Vital statistics of India. Vol. VI, European troops 1870-79
Year: 1870
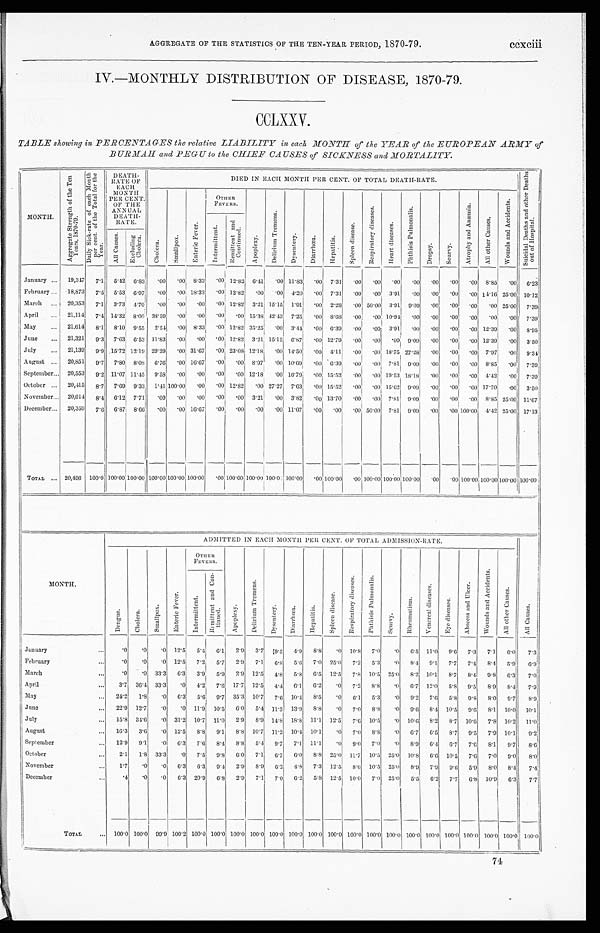
AGGREGATE OF THE STATISTICS OF THE TEN-YEAR PERIOD, 1870-79.
ccxciii
IV.—MONTHLY DISTRIBUTION OF DISEASE, 1870-79.
CCLXXV.
TABLE showing in PERCENTAGES the relative LIABILITY in each MONTH of the YEAR of the EUROPEAN ARMY of
BURMAH and PEGU to the CHIEF CAUSES of SICKNESS and MORTALITY.
MONTH.
A g g r e g a t e S t r e n g t h o f t h e T e n
Y e a r s , 1 8 7 0 - 7 9 .
D a i l y S i c k - r a t e o f e a c h M o n t h
p e r c e n t . o f t h e T o t a l f o r t h eY
e a r .
DEATH
RATE OF
EACH
MONTH
PER CENT.
OF THE
ANNUAL
DEATH-
RATE.
DIED IN EACH MONTH PER CENT. OF TOTAL DEATH-RATE.
S u i c i d a l D e a t h s a n d o t h e r D e a t h s
o u t o f Ho s p i t a l .
C h o l e r a .
S m a l l p o x .
E n t e r i c F e v e r . OTHER
FEVERS.
A p o p l e x y .
D e l i r i u m T r e m e n s .
D y s e n t e r y .
D i a r r h œ a .
H e p a t i t i s .
S p l e e n d i s e a s e .
R e s p i r a t o r y d i s e a s e s .
H e a r t d i s e a s e s . P h t h i s i s P u l m o n a l i s .
D r o p s y .
S c u r v y .
A t r o p h y a n d A n æ m i a .
A l l o t h e r C a u s e s .
W o u n d s a n d A c c i d e n t s .
I n t e r mi t t e n t .
R e m i t t e n t a n d
C o n t i n u e d .
A l l C a u s e s .
E x c l u d i n g
Ch o l e r a .
January
. . .
19,347 7.1 5.42 6.83 .00
. 0 0 8.33
. 0 0 12.82 6.41 .00 11.83 .00 7.31
. 00
. 00
. 0 0
. 0 0
. 0 0
. 0 0 .00 8.85 .00 6.23
February . . . 18,873 7.5 5.53 6.97
. 0 0 .00 18.33 .00 12.82 .00 .00 4.20 .00 7.31
. 00
. 00 3.91 .00 .00 .00 .00 14.16 25.00 10.12
March
. . . 20,353 7.1 3.73 4.70 .00 .00 .00
. 0 0 12.82 3.21 15.15 1.91 .00 2.28
. 00 50.00 3.91 9.09 .00 .00 .00 .00 25.00 7.39
April
. . 21,114 7.4 14.32 8.00 38.59 .00 .00
. 0 0 .00 15.38 42.43 7.25 .00 8.68
. 00
. 00 10.94 .00 .00 .00 .00 .00 .00 7.39
May
. . . 21,614 8.1 8.10 9.55 2.54
. 0 0 8.33 .00 12.82 35.25 .00 3.44 .00 6.39
. 00 . 00 3.91 .00 .00 .00
. 0 0 12.39 .00 8.95
June
. . . 21,321 9.3 7.63 6.53 11.83 .00 .00
. 0 0 12.82
3 . 2 1 15.15 6.87 .00 12.79
. 0 0
. 00 .00 9.09 .00 .00 .00 12.39 .00 3.50
July
. . . 21,139 9.9 15.72 12.19 29.29 .00 31.67 .00 23.08 12.18 .00 14.50 .00 4.11
. 00
. 00 18.75 27.28 .00 .00 .00 7.97 .00 9.34
August
. . . 20,851 9.7 7.80 8.08 6.76 .00 16.67 .00 .00 8.97 .00 10.69
. 0 0 6 . 3 9
. 00
. 00 7.81 9.09 .00 .00 .00 8.85 .00 7.39
September . . . 20,553 9.2 11.07 11.45 9.58 .00 .00 .00 .00 12.18 .00 16.79 .00 15.52
. 00
. 00 19.53 18.18 .00 .00 .00 4.42 .00 7.39
October
. . . 20,415 8.7 7.69 9.33 1.41 100.00 .00 .00 12.82 .00 27.27 7.63 .00 15.52
. 00 .00 15.62 9.09 .00 .00
. 0 0 17.70 .00 3.50
November . . . 20,014 8.4 6.12 7.71 .00 .00 .00
. 0 0
. 0 0 3.21 .00 3.82 .00 13.70
. 00
. 00 7.81 9.09 .00 .00 .00 8.85 25.00 11.67
December
. . .
20,359 7.6 6.87 8.66
. 0 0
. 0 0 16.67 .00 .00 .00 .00 11.07 .00 .00
. 0 0 50.00 7.81 9.09 .00 .00 100.00 4.42 25.00 17.13
TOTAL ... 20,496 100.0 100.00 100.00 100.00 100.00 100.00
. 0 0
100.00 100.00
100.00 100.00
. 0 0 100.00 .00 100.00 100. 00
100.00
.00
. 0 0100.00
100.00
100.00 100.00
MONTH.
ADMITTED IN EACH MONTH PER CENT. OF TOTAL ADMISSION-RATE.
A l l C a u s e s .
D e n g u e .
C h o l e r a .
S m a l l p o x .
E n t e r i c F e v e r .
OTHER
FEVERS.
A p o p l e x y .
D e l i r i u m T r e m e n s .
D y s e n t e r y .
D i a r r h œ a .
H e p a t i t i s .
S p l e e n d i s e a s e .
R e s p i r a t o r y d i s e a s e s .
P h t h i s i s P u l m o n a l i s .
S c u r v y .
R h e u m a t i s m .
V e n e r e a l d i s e a s e s .
E y e d i s e a s e s .
A b s c e s s a n d U l c e r .
W o u n d s a n d A c c i d e n t s .
A l l o t h e r C a u s e s .
I n t e r m i t t e n t .
R e m i t t e n t a n d C o n -
t i nued.
January
...
. 0 .0 .0 12.5 5.4 6.1 2.9 3.7 9.5 4.9 8.8 .0 10.8 7.0 .0 6.5 11.0 9.6 7.3 7.1 6.0 7.3
February
. . . .0 .0 .0 12.5 7.2 5.7 2.9 7.1 6.8 5.6 7.0 25.0 7.2 5.3 .0 8.4 9.1 7.7 7.4 8.4 5.9 6.9
March
. . . .0 .0 33.3 6.3 3.9 5.9 2.9 12.5 4.8 5.8 6.5 12.5 7.8 10.5 25.0 8.2 10.1 8.7 8.4 9.8 6.3 7.0
April
...
3.7 36.4 33.3 .0 4.2 7.6 17.7 12.5 4.4 6.1 6.2 .0 7.2 8.8 .0 6.7 12.0 5.8 9.5 8.9 8.4 7.9
May
... 24.2 1.8 .0 6.3 5.6
9 . 7 35.3 10.7 7.6 10.4 8.5 .0 6.1 5.3 .0 9.2 7.6 5.8 9.8 8.0 9.7 8.9
June
... 22.9 12.7 .0 .0 11.9 10.5 6.0 5.4 11.3 13.9 8.8
.0 7.0 8.8
.0 9.6 8.4 10.5 9.6 8.1 10.0 10.1
July
... 15.8 34.6 .0 31.2 10.7 11.0 2.9 8.9 14.8
1 8 . 8 11.1 12.5 7.6 10.5 .0 10.6 8.2 8.7 10.6 7.8 10.2 11.0
August
... 16.3 3. 6
.0 12.5 8.8 9.1 8.8 10.7 11.2 10.4 10.1 .0 7.0 8.8 .0 6.7 6.5 8.7 9.5 7.9 10.1 9.2
September
... 12.9 9.1 .0 6.3 7.6
8 . 4 8.8 5.4 9.7 7.1 11.1 .0 9.0 7.0 .0 8.9 6.4 6.7 7.6 8.1 9.7 8.6
October
...
2.1 1.8 33.3 .0
7 . 5 9.8 6.0 7.1 6.7 6.0 8.8 25.0 11.7 10.5 25.0 10.8 6.6 10.5 7.6
7 . 0 9.0 8.0
November
...
1.7 .0 .0 6.3 6.3 9.4 2.9 8.9 6.2 4.8 7.3 12.5
8 . 6 10.5 25.0 8.9 7.9 9.6 5.9 8.0 8.4 7.4
December
...
. 4
.0 .0 6.3 20.9 6.8 2.9 7.1 7.0 6.2 5.8 12.5 10.0 7.0 25.0 5.5 6.2 7.7 6.8 10.9 6.3 7.7
TOTAL
... 100.0 100.0 99.9 100.2 100.0 100.0 100.0 100.0 100.0 100.0 100.0 100.0 100.0 100.0 100.0 100.0 100.0 100.0 100.0 100.0 100.0 100.0